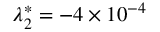
\lambda _ { 2 } ^ { * } = - 4 \times 1 0 ^ { - 4 }